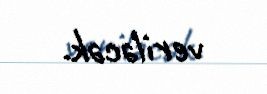
veriləcək.